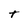
Character: t